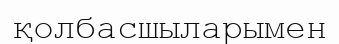
қолбасшыларымен